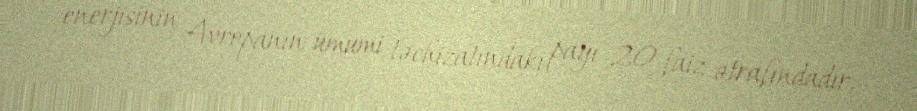
enerjisinin Avropanın ümumi təchizatındakı payı 20 faiz ətrafındadır.